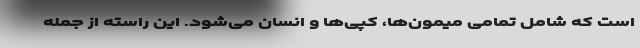
است که شامل تمامی میمون‌ها، کپی‌ها و انسان می‌شود. این راسته از جمله